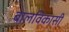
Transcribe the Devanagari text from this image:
बालविकासी